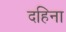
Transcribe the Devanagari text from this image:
दहिना